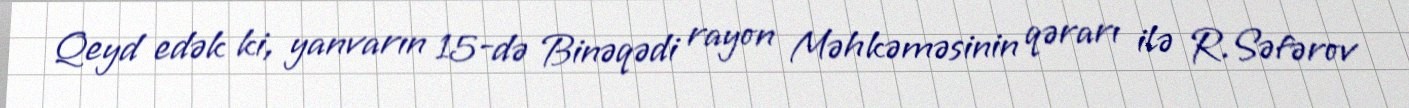
Qeyd edək ki, yanvarın 15-də Binəqədi rayon Məhkəməsinin qərarı ilə R.Səfərov